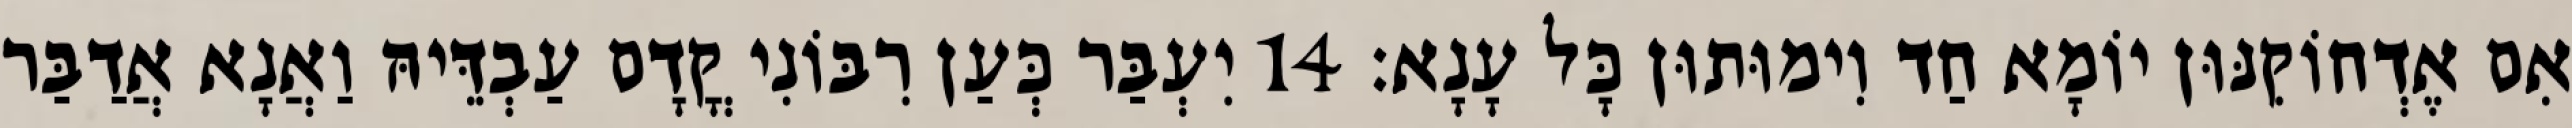
אִם אֶדְחוֹקִנּוּן יוֹמָא חַד וִימוּתוּן כָּל עָנָא׃ 14 יִעְבַּר כְּעַן רִבּוֹנִי קֳדָם עַבְדֵּיהּ וַאֲנָא אֲדַבַּר